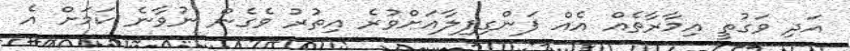
އަދި ވަގުތީ އިމާރާތެއް އެއް ފަންގިފިލާއަށްވުރެ އިތުރު ވެގެން ނުވާނެ ކަމަށް އެ